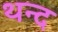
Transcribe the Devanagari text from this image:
थन्द